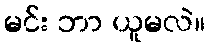
မင်း ဘာ ယူမလဲ။